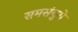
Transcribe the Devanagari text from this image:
समसंयुगे